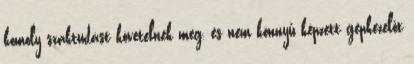
komoly szaktudást követelnek meg, és nem könnyű képzett gépkezelőt